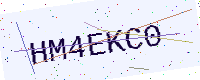
Text: HM4EKC0